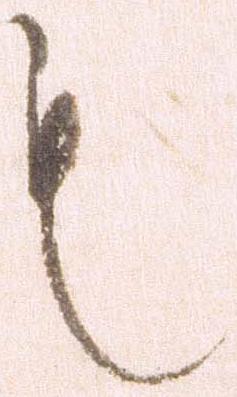
も